Document type: Sale
Year: 1235
Scribe: Pere de Bages
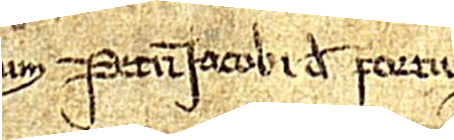
num Petri Iacobi de Portu.